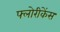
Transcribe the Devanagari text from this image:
फ्लोरीकेंस